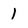
Character: l